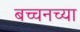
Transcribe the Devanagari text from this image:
बच्चनच्या